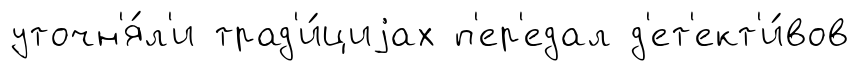
уточн'я́л'и трад'и́циjах п'ер'едал д'ет'ект'и́вов